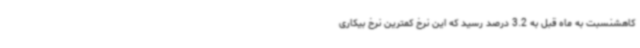
کاهشنسبت به ماه قبل به 3.2 درصد رسید که این نرخ کمترین نرخ بیکاری